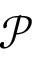
\mathcal { P }